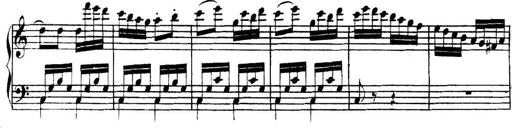
Title: Collected Piano Sonatas
Composer: Muzio Clementi